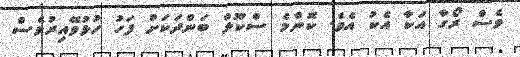
ވެސް ރޯގާ އަކާ އެކު އެވެ. ކޮންމެ ސްކޫލް ބަންދަކަށް ފަހު ހުޅުވޭއިރުވެސް